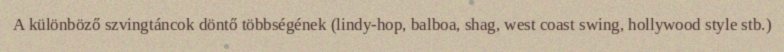
A különböző szvingtáncok döntő többségének (lindy-hop, balboa, shag, west coast swing, hollywood style stb.)